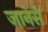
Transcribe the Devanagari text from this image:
जानेसे